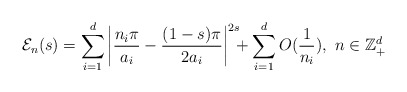
\begin{align*}\mathcal{E}_{n}(s) =\sum_{i=1}^d \left| \frac{n_i \pi}{a_i}-\frac{(1-s)\pi}{2a_i}\right|^{2s}\!\!\!+\sum_{i=1}^{d}O(\frac{1}{n_i}), \, \, n\in {\mathbb Z_+^d} \end{align*}